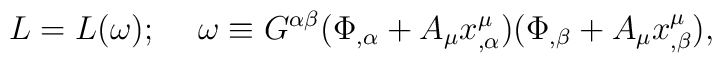
L=L(\omega);\hspace*{5 mm}\omega\equiv G^{\alpha\beta}(\Phi_{,\alpha}+A_\mu x^\mu_{,\alpha})(\Phi_{,\beta}+A_\mu x^\mu_{,\beta}),